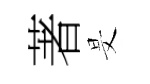
著旻